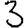
Digit: 3